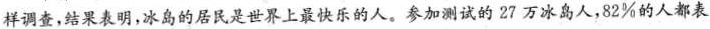
样调查，结果表明，冰岛的居民是世界上最快乐的人。参加测试的27万冰岛人，82%的人都表